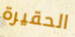
الحقيرة